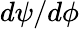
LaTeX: d\psi/d\phi